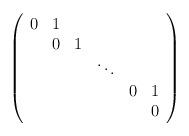
LaTeX: \begin{align*}\left( \begin{array}{cccccc}0 & 1 & & & &\\& 0 & 1 & & &\\& & & \ddots & &\\& & & & 0 & 1\\& & & & & 0\end{array} \right)\end{align*}